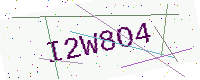
Text: I2W8O4